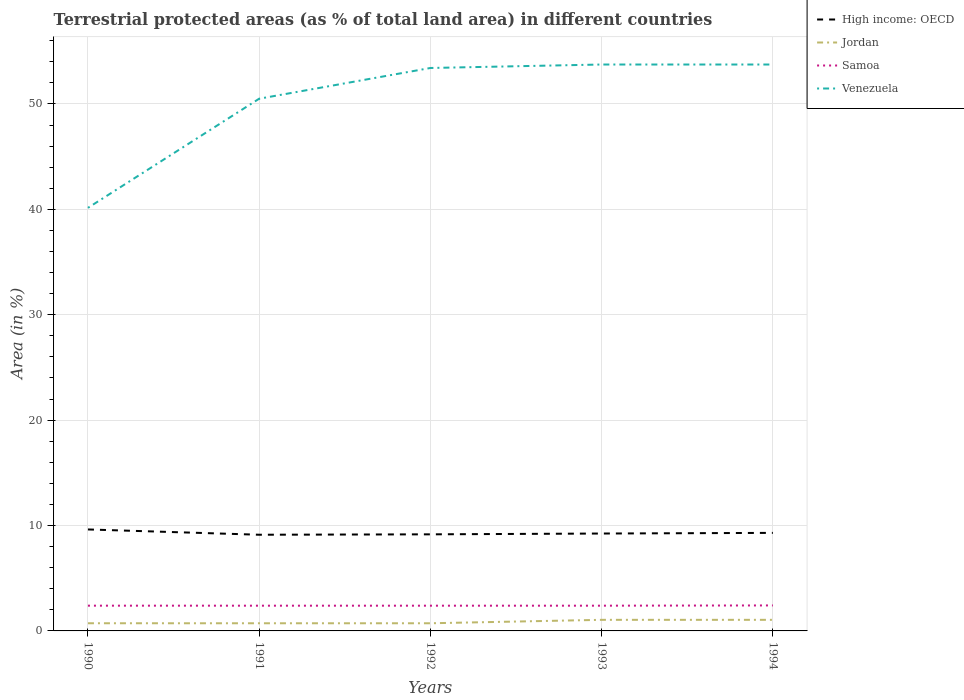
| Years | High income: OECD | Jordan | Samoa | Venezuela |
 | --- | --- | --- | --- | --- |
 | 1990 | 9.63 | 0.727 | 2.4 | 40.1 |
 | 1991 | 9.13 | 0.727 | 2.4 | 50.5 |
 | 1992 | 9.16 | 0.727 | 2.4 | 53.4 |
 | 1993 | 9.24 | 1.05 | 2.4 | 53.7 |
 | 1994 | 9.3 | 1.05 | 2.42 | 53.7 |